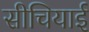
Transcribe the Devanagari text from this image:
सीचियाई